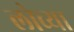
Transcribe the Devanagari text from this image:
लोच्या